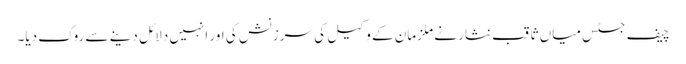
چیف جسٹس میاں ثاقب نثار نے ملزمان کے وکیل کی سرزنش کی اور انہیں دلائل دینے سے روک دیا۔